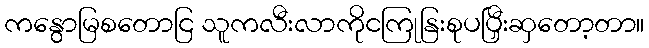
ကနွောမြစတောငြ သူကလီးလာကိုငကြုနြးစုပပြှီးဆှတော့တာ။